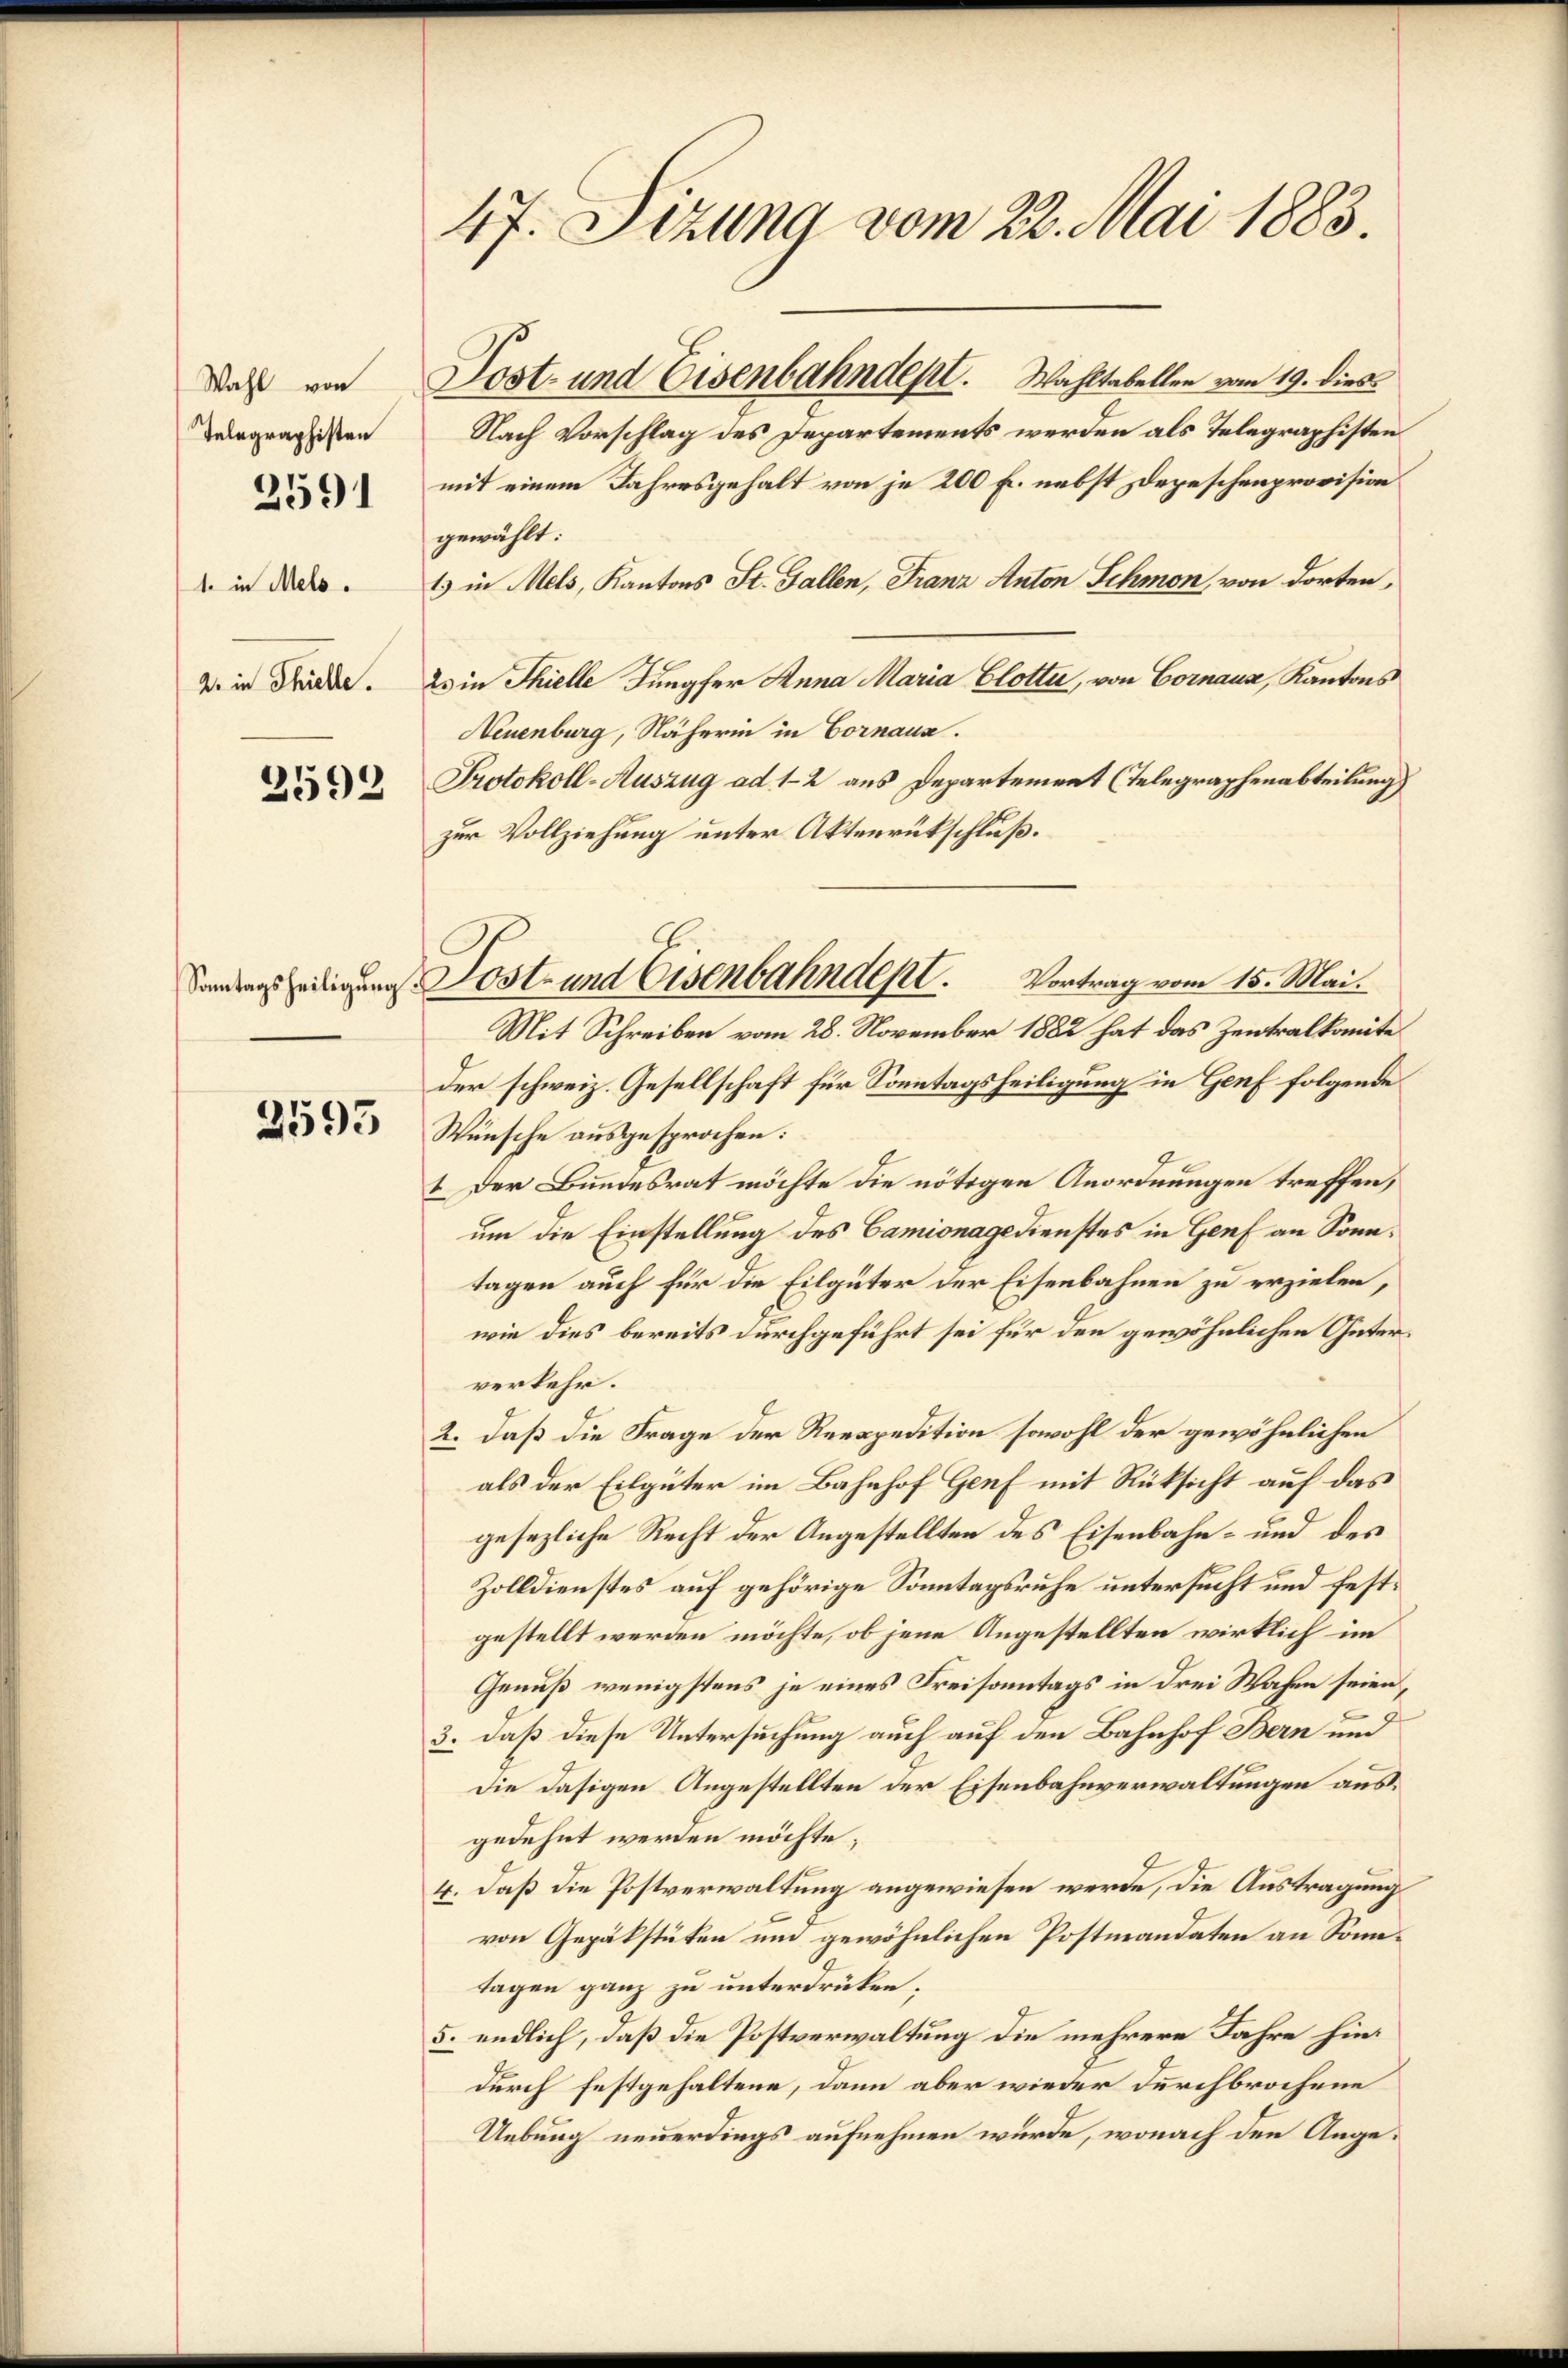
Wahl von
Telegraphisten
2591

1. in Mels.
2. in Thielle.
2592

2595

47. Sizung vom 22. Mai 1883.
Post- und Eisenbahndept. Wahltabellen vom 19. dies

Nach Vorschlag des Departements werden als Telegraphisten
mit einem Jahresgehalt von je 200 Fr. nebst Depeschenprovision
gewählt:
1) in Mels, Kantons St. Gallen, Franz Anton Schmon, von dorten,
23 in Thielle Jungfer Anna Maria Elotter, von Cornaux, Kantons
Neuenburg, Näherin in Vornaux.
Protokoll-Auszug ad 1-2 aus Departement (Telegraphenabteilung
zur Vollziehung unter Aktenrückschluß.
Mit Schreiben vom 28. November 1882 hat das Zentralkomite
der schweiz. Gesellschaft für Sonntagsheiligung in Genf folgende
Wünsche ausgesprochen:
I Der Bundesrat möchte die nötigen Anordnungen treffen,
um die Einstellung des Camionagedienstes in Genf an Sonntagen auch für die Eilgüter der Eisenbahnen zu erzielen,
wie dies bereits durchgeführt sei für den gewöhnlichen Güterverkehr.
2. daß die Frage der Reespedition sowohl der gewöhnlichen
als der Eilgüter im Bahnhof Genf mit Rüksicht auf das
gesezliche Recht der Angestellten des Eisenbahn- und des
Zolldienstes auf gehörige Sonntagsruhe untersucht und festgestellt werden möchte, ob jene Angestellten wirklich im
Genuß wenigstens je eines Freisonntags in drei Wahen seien,
3. daß diese Untersuchung auch auf den Bahnhof Bern und
Die dasigen Angestellten der Eisenbahnverwaltungen ausgedehnt werden möchte;
4. daß die Postverwaltung angewiesen werde, die Austragung
von Gepäkstäten um gewöhnlichen Postmandaten an Sonntagen ganz zu unterdrüken;
5. endlich, daß die Postverwaltung die mehrere Jahre hindurch festgehaltene, dann aber wieder durchbrochene
Uebung neuerdings aufnehmen wurde, wonach den Ange¬

Sandenszeitigung Post- und Eisenbahndept. Vortrag vom 15. Mai.